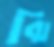
ঝি